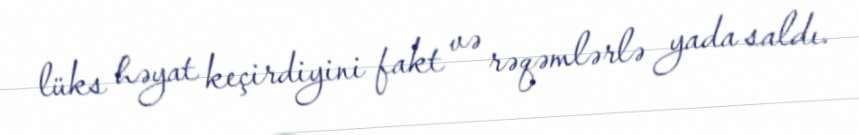
lüks həyat keçirdiyini fakt və rəqəmlərlə yada saldı.